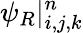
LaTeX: \psi_{R}|_{i,j,k}^{n}